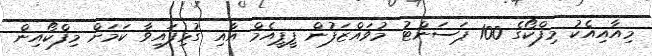
މިއާއިއެކު މިފްކޯގެ 100 ޕަސަންޓު މުވައްޒަފުން ޕީޕީއެމް އާއި ގުޅިފައިވާ ކަމަށް މިފްކޯއިން